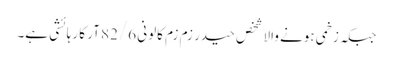
جبکہ زخمی ہونے والا شخص حیدر زم زم کالونی 82/6 آر کا رہائشی ہے۔